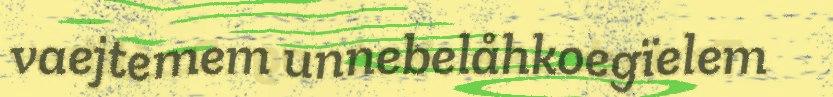
vaejtemem unnebelåhkoegïelem